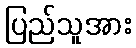
ပြည်သူအား